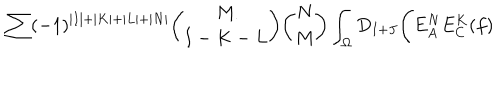
\sum ( - 1 ) ^ { \vert I \vert + \vert K \vert + \vert L \vert + \vert N \vert } { \binom { M } { I - K - L } } { \binom { N } { M } } \int _ { \Omega } D _ { I + J } \Biggl ( E _ { A } ^ { N } E _ { C } ^ { K } ( f )